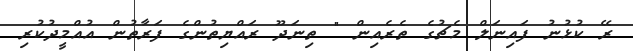
ރޭ ކުޅުނު ފައިނަލް މެޗުގެ ތެރެއިން " ތިނަދޫ ރައްޔިތުންގެ ފަރާތުން އުއްމީދުކުރި